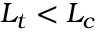
L _ { t } < L _ { c }